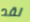
لقد